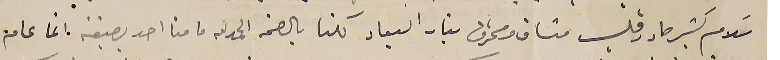
سَلام كتير حار وقلب مشاق ومحترق بنار البعاد كلنا بالصحة الحمدلله ما منا احد بضيقه انما عام